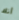
أنك